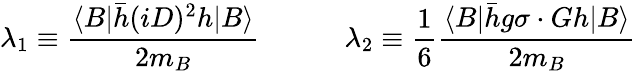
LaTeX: \lambda_{1}\equiv\frac{\langle B|\bar{h}(iD)^{2}h|B\rangle}{2m_{B}}\qquad\quad\lambda_{2}\equiv\frac{1}{6}\frac{\langle B|\bar{h}g\sigma\cdot Gh|B\rangle}{2m_{B}}